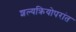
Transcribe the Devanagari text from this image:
शल्यक्रियोपरांत